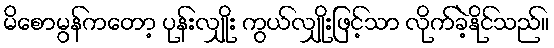
မိစောမွန်ကတော့ ပုန်းလျှိုး ကွယ်လျှိုးဖြင့်သာ လိုက်ခဲ့နိုင်သည်။